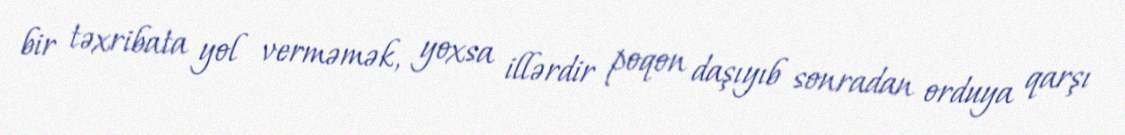
bir təxribata yol verməmək, yoxsa illərdir poqon daşıyıb sonradan orduya qarşı